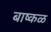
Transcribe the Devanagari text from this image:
बाष्कळ